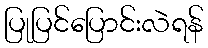
ပြုပြင်ပြောင်းလဲရန်